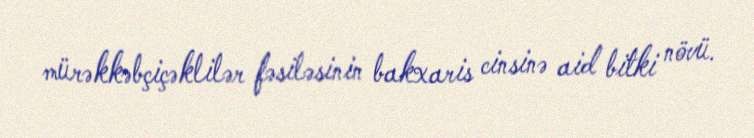
mürəkkəbçiçəklilər fəsiləsinin bakxaris cinsinə aid bitki növü.